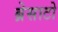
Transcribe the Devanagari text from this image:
ब्रेसाटो